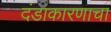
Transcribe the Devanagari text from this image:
दंडाकारणाचा